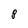
Character: p